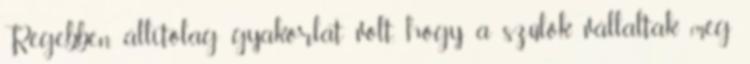
Régebben állítólag gyakorlat volt, hogy a szülők vállaltak még